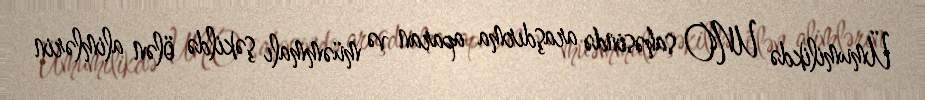
Ümumilikdə UNO sahəsində araşdırma aparan və müəmmalı şəkildə ölən alimlərin